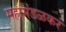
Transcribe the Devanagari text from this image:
महामंडळकर